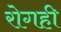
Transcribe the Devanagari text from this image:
रोगही